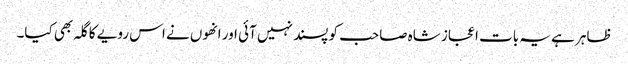
ظاہر ہے یہ بات اعجاز شاہ صاحب کو پسند نہیں آئی اور انھوں نے اس رویے کا گلہ بھی کیا۔